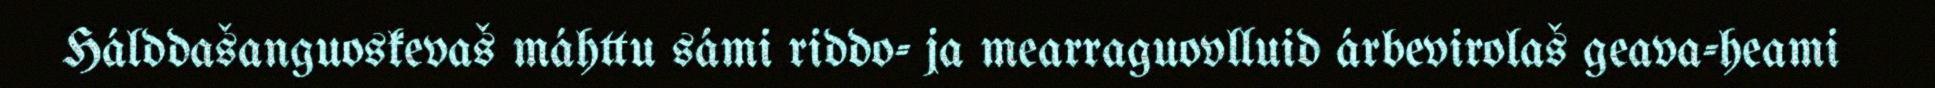
Hálddašanguoskevaš máhttu sámi riddo- ja mearraguovlluid árbevirolaš geava-heami